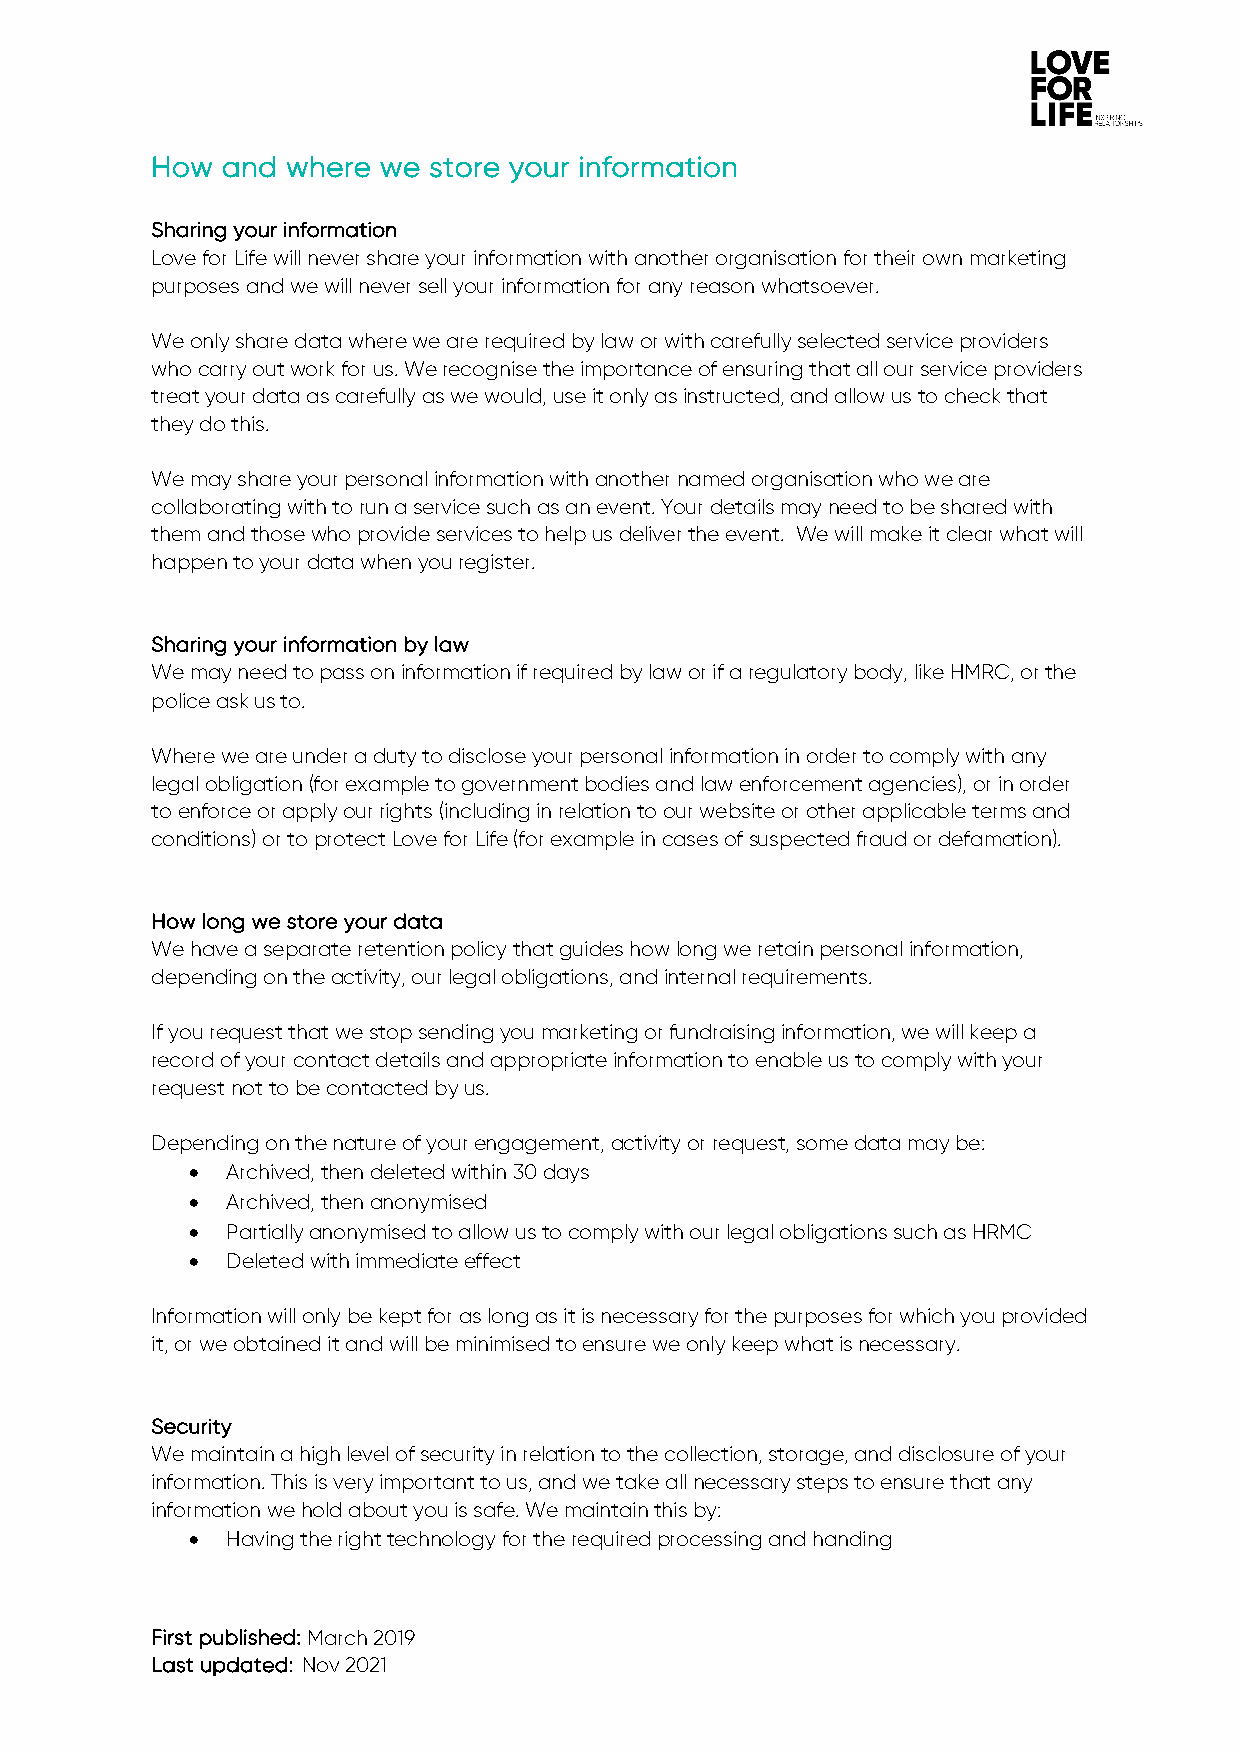
How  and where we store your information
 Sharing your information
 Love for Life will never share your information with another organisation for their own marketing
 purposes and we will never sell your information for any reason whatsoever.
 We only share data where we are required by law or with carefully selected service providers
 who carry out work for us. We recognise the importance of ensuring that all our service providers
 treat your data as carefully as we would, use it only as instructed, and allow us to check that
 they do this.
 We may share your personal information with another named organisation who we are
 collaborating with to run a service such as an event. Your details may need to be shared with
 them and those who provide services to help us deliver the event. We will make it clear what will
 happen to your data when you register.
 Sharing your information by law
 We may need to pass on information if required by law or if a regulatory body, like HMRC, or the
 police ask us to.
 Where we are under a duty to disclose your personal information in order to comply with any
 legal obligation (for example to government bodies and law enforcement agencies), or in order
 to enforce or apply our rights (including in relation to our website or other applicable terms and
 conditions) or to protect Love for Life (for example in cases of suspected fraud or defamation).
 How long we store your data
 We have a separate retention policy that guides how long we retain personal information,
 depending on the activity, our legal obligations, and internal requirements.
 If you request that we stop sending you marketing or fundraising information, we will keep a
 record of your contact details and appropriate information to enable us to comply with your
 request not to be contacted by us.
 Depending on the nature of your engagement, activity or request, some data may be:
 • Archived, then deleted within 30 days
 • Archived, then anonymised
 • Partially anonymised to allow us to comply with our legal obligations such as HRMC
 • Deleted with immediate effect
 Information will only be kept for as long as it is necessary for the purposes for which you provided
 it, or we obtained it and will be minimised to ensure we only keep what is necessary.
 Security
 We maintain a high level of security in relation to the collection, storage, and disclosure of your
 information. This is very important to us, and we take all necessary steps to ensure that any
 information we hold about you is safe. We maintain this by:
 • Having the right technology for the required processing and handing
 First published: March 2019
 Last updated: Nov 2021